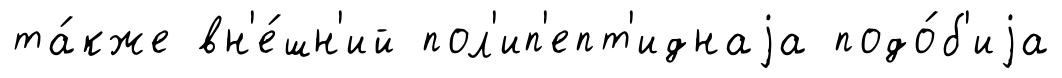
та́кже вн'е́шн'ий пол'ип'епт'иднаjа подо́б'иjа